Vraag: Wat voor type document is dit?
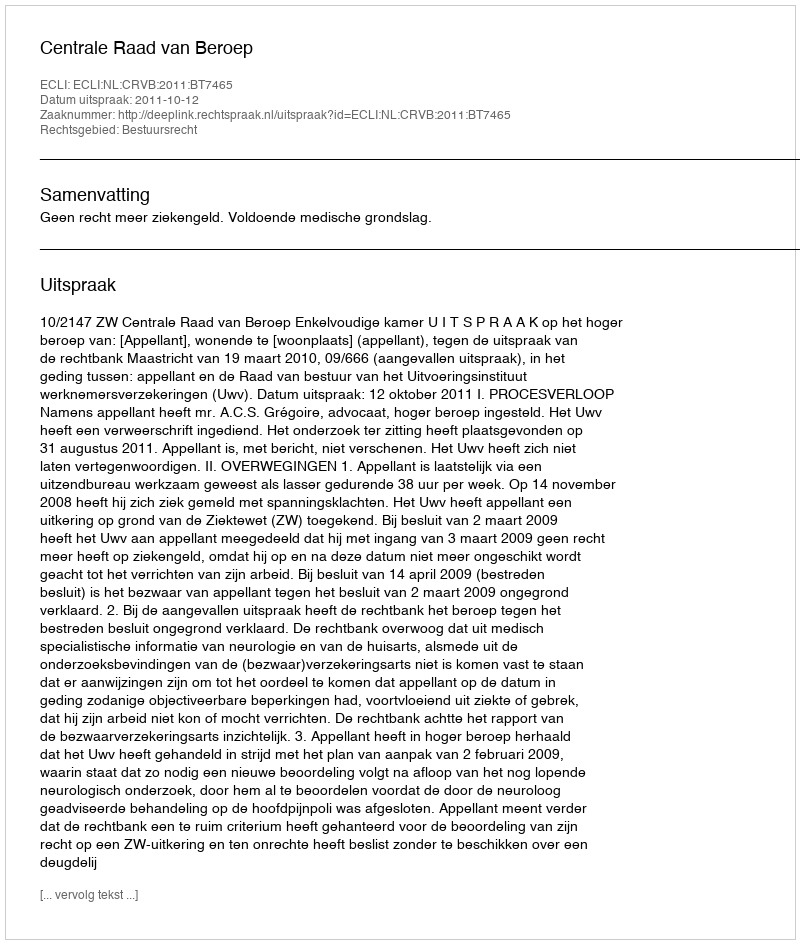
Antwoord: Uitspraak